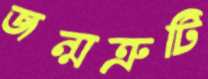
জন্মত্রুটি